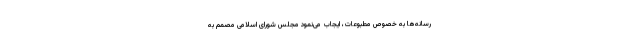
رسانه­‌ها به خصوص مطبوعات، ایجاب می­‌نمود مجلس شورای اسلامی مصمم به